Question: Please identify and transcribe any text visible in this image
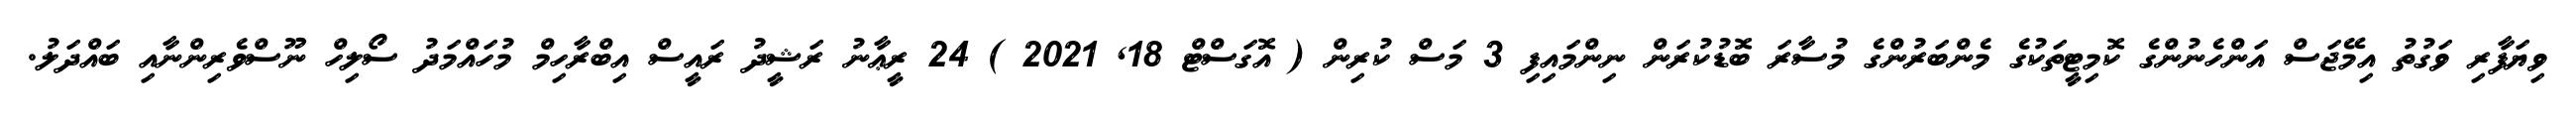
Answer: ވިޔަފާރި ވަގުތު އިމޭޖަސް އަންހެނުންގެ ކޮމިޓީތަކުގެ މެންބަރުންގެ މުސާރަ ބޮޑުކުރަން ނިންމައިފި 3 މަސް ކުރިން ( އޮގަސްޓް 18, 2021 ) 24 ރީޢާނު ރަޝީދު ރައީސް އިބްރާހިމް މުހައްމަދު ސޯލިހް ނޫސްވެރިންނާއި ބައްދަލު.